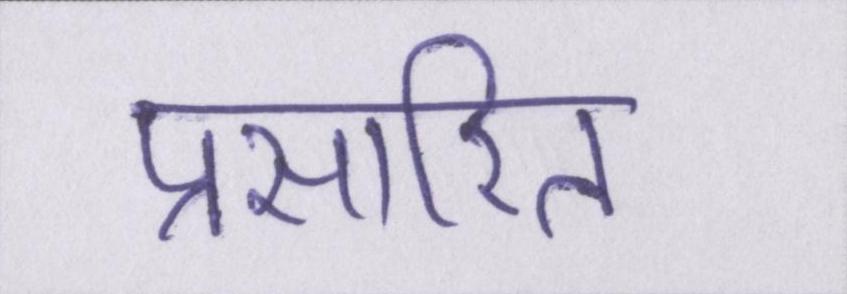
प्रसारित